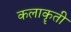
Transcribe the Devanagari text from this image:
कलाकॄती